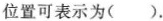
位置可表示为( ).